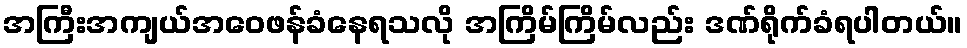
အကြီးအကျယ်အဝေဖန်ခံနေရသလို အကြိမ်ကြိမ်လည်း ဒဏ်ရိုက်ခံရပါတယ်။